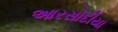
આરસોદીયા